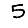
Digit: 5